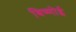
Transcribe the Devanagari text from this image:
बिष्णोई